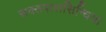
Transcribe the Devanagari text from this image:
सक्तपालसिन्धिया